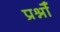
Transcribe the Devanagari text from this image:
प्रश्नोँ